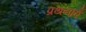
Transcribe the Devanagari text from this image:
प्रथनाएँ